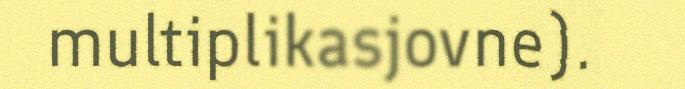
multiplikasjovne).